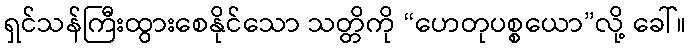
ရှင်သန်ကြီးထွားစေနိုင်သော သတ္တိကို “ဟေတုပစ္စယော”လို့ ခေါ်။